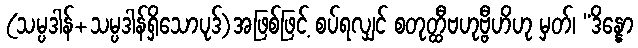
(သမ္ပဒါန်+သမ္ပဒါန်ရှိသောပုဒ်)အဖြစ်ဖြင့် စပ်ရလျှင် စတုတ္ထီဗဟုဗ္ဗီဟိဟု မှတ်၊ “ဒိန္နော